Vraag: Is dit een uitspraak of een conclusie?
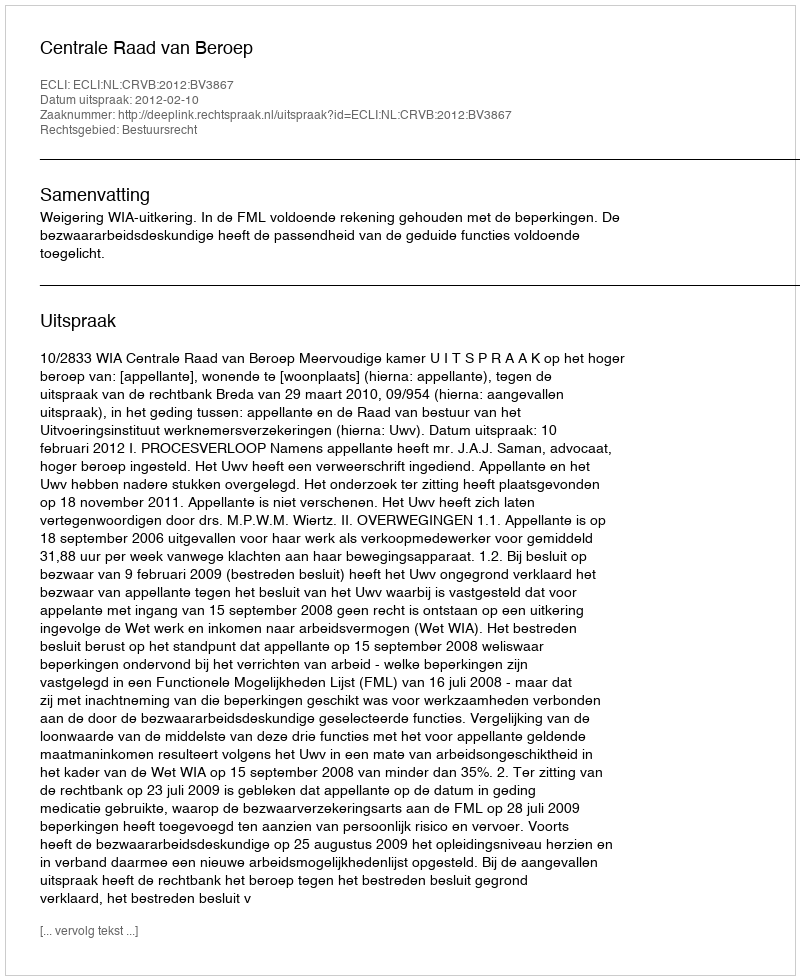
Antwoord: Uitspraak